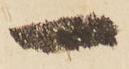
一